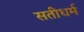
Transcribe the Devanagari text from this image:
सतीधर्म